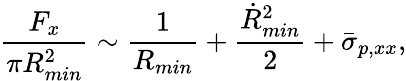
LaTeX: \frac{F_{x}}{\pi R_{min}^{2}}\sim\frac{1}{R_{min}}+\frac{\dot{R}_{min}^{2}}{2}+\bar{\sigma}_{p,xx},